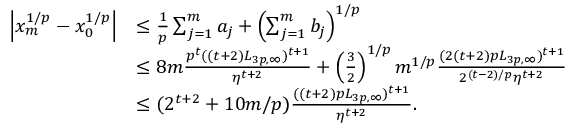
\begin{array} { r l } { \left\vert { x _ { m } ^ { 1 / p } - x _ { 0 } ^ { 1 / p } } \right\vert } & { \le \frac { 1 } { p } \sum _ { j = 1 } ^ { m } a _ { j } + \left( \sum _ { j = 1 } ^ { m } b _ { j } \right) ^ { 1 / p } } \\ & { \le 8 m \frac { p ^ { t } ( ( t + 2 ) L _ { 3 p , \infty } ) ^ { t + 1 } } { \eta ^ { t + 2 } } + \left( \frac { 3 } { 2 } \right) ^ { 1 / p } m ^ { 1 / p } \frac { ( 2 ( t + 2 ) p L _ { 3 p , \infty } ) ^ { t + 1 } } { 2 ^ { ( t - 2 ) / p } \eta ^ { t + 2 } } } \\ & { \le ( 2 ^ { t + 2 } + 1 0 m / p ) \frac { ( ( t + 2 ) p L _ { 3 p , \infty } ) ^ { t + 1 } } { \eta ^ { t + 2 } } . } \end{array}